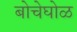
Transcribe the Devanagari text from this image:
बोचेघोळ